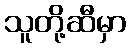
သူတို့ဆီမှာ